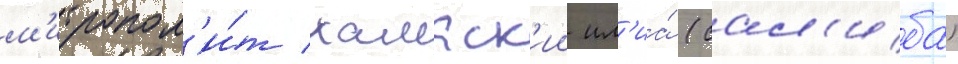
м'итропол'и́т хамаск'ии ил'иа́ (сал'иба)